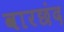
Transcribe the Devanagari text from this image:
वारछंद